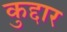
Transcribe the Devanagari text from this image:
कुद्दार